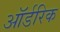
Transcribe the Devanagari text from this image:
ऑर्डरिक